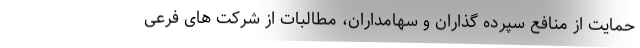
حمایت از منافع سپرده گذاران و سهامداران، مطالبات از شرکت های فرعی